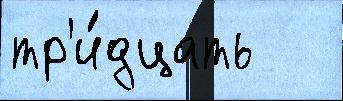
тр'и́дцать